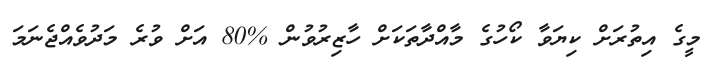
މީގެ އިތުރަށް ކިޔަވާ ކޯހުގެ މާއްދާތަކަށް ހާޒިރުވުން %80 އަށް ވުރެ މަދުވެއްޖެނަމަ